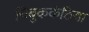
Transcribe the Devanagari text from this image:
चिबुककंठिया